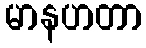
မာနဟတာ